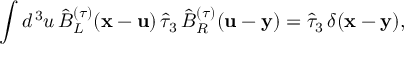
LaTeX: \int d ^ { \, 3 } u \, \hat { B } _ { L } ^ { ( \tau ) } ( { \bf x } - { \bf u } ) \, \hat { \tau } _ { 3 } \, \hat { B } _ { R } ^ { ( \tau ) } ( { \bf u } - { \bf y } ) = \hat { \tau } _ { 3 } \, \delta ( { \bf x } - { \bf y } ) ,